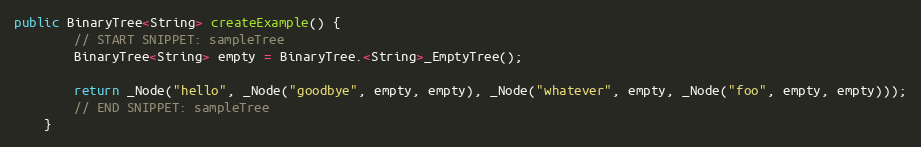
Language: Java
public BinaryTree<String> createExample() {
        // START SNIPPET: sampleTree
        BinaryTree<String> empty = BinaryTree.<String>_EmptyTree();

        return _Node("hello", _Node("goodbye", empty, empty), _Node("whatever", empty, _Node("foo", empty, empty)));
        // END SNIPPET: sampleTree
    }